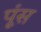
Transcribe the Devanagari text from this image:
पूंस